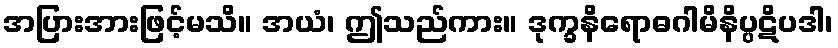
အပြားအားဖြင့်မသိ။ အယံ၊ ဤသည်ကား။ ဒုက္ခနိရောဓဂါမိနိပ္ပဋိပဒါ၊